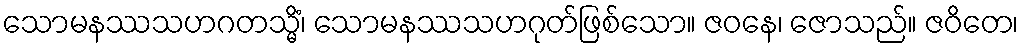
သောမနဿသဟဂတသ္မိံ၊ သောမနဿသဟဂုတ်ဖြစ်သော။ ဇဝနေ၊ ဇောသည်။ ဇဝိတေ၊